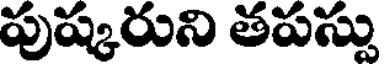
పుష్కరుని తపస్సు